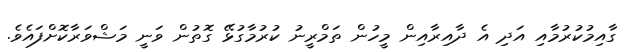
ގާއިމުކުރުމާއި އަދި އެ ދާއިރާއިން މީހުން ތަމްރީނު ކުރުމާގުޅޭ ގޮތުން ވަނީ މަޝްވަރާކޮށްފައެވެ.